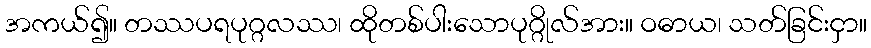
အကယ်၍။ တဿပရပုဂ္ဂလဿ၊ ထိုတစ်ပါးသောပုဂ္ဂိုလ်အား။ ဝဓာယ၊ သတ်ခြင်းငှာ။